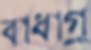
বাধাগ্র্